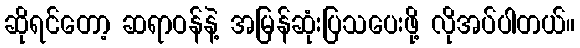
ဆိုရင်တော့ ဆရာဝန်နဲ့ အမြန်ဆုံးပြသပေးဖို့ လိုအပ်ပါတယ်။